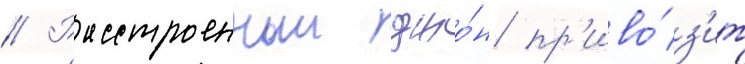
// Расстроенныи джо́н пр'иво́з'ит